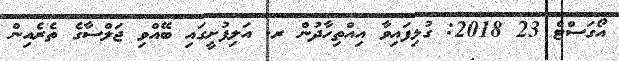
އޯގަސްޓް 23 2018: ގުޅިފައިވާ އިއްތިހާދުން ރ. އަލިފުށީގައި ބޭއްވި ޖަލްސާގެ ތެރެއިން